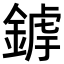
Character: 𨩜